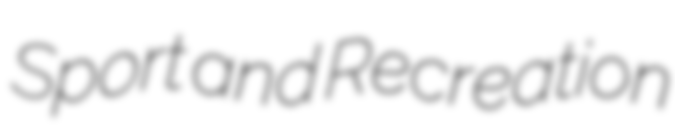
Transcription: Sport and Recreation